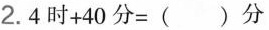
2.$$4 时 + 4 0 分 =（）分$$